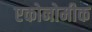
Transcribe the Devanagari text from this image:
एकोनोमीक